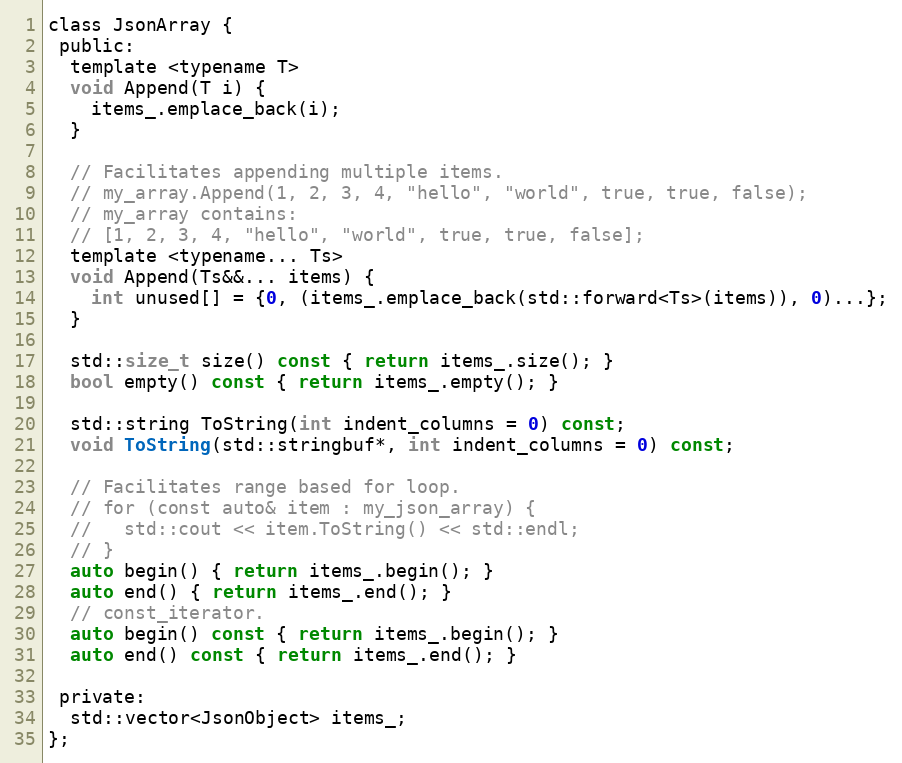
Language: C
class JsonArray {
 public:
  template <typename T>
  void Append(T i) {
    items_.emplace_back(i);
  }

  // Facilitates appending multiple items.
  // my_array.Append(1, 2, 3, 4, "hello", "world", true, true, false);
  // my_array contains:
  // [1, 2, 3, 4, "hello", "world", true, true, false];
  template <typename... Ts>
  void Append(Ts&&... items) {
    int unused[] = {0, (items_.emplace_back(std::forward<Ts>(items)), 0)...};
  }

  std::size_t size() const { return items_.size(); }
  bool empty() const { return items_.empty(); }

  std::string ToString(int indent_columns = 0) const;
  void ToString(std::stringbuf*, int indent_columns = 0) const;

  // Facilitates range based for loop.
  // for (const auto& item : my_json_array) {
  //   std::cout << item.ToString() << std::endl;
  // }
  auto begin() { return items_.begin(); }
  auto end() { return items_.end(); }
  // const_iterator.
  auto begin() const { return items_.begin(); }
  auto end() const { return items_.end(); }

 private:
  std::vector<JsonObject> items_;
};